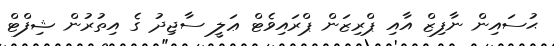
ޙުސައިން ނާފިޒް އާއި ޕްރިޒަން ޕްރައިވެޓް ޢަލީ ސާޖިދު ގެ އިތުރުން ޝިފްޓް